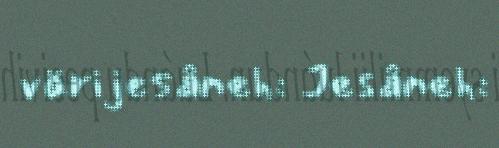
värijesâneh: Jesâneh: